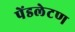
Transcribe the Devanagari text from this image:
पेंडलेटण